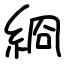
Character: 綗